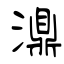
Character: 濎